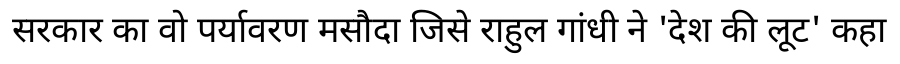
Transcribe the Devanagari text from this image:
सरकार का वो पर्यावरण मसौदा जिसे राहुल गांधी ने 'देश की लूट' कहा